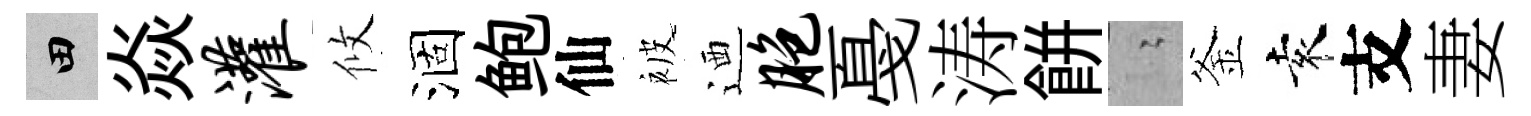
田焱灌攸涸鲍仙被迺胞戞涛餅隐釜袁支妻